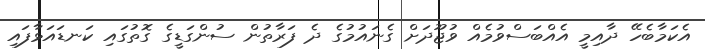
އެކަމާބެހޭ ދާއިމީ އެއްބަސްވުމެއް ވުޖޫދަށް ގެނައުމުގެ ދެ ފަރާތުން ސުންގަޑީގެ ގޮތުގައި ކަނޑައަޅާފައި